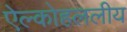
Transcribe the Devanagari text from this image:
ऐल्कोहललीय